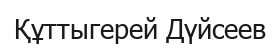
Құттыгерей Дүйсеев